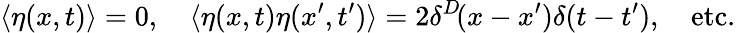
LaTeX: \langle\eta(x,t)\rangle=0,\quad\langle\eta(x,t)\eta(x^{\prime},t^{\prime})\rangle=2\delta^{D}\! (x-x^{\prime})\delta(t-t^{\prime}),\quad{\mathrm{etc.}}